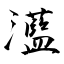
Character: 瀪